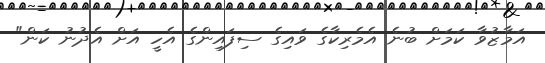
އަމާޒުވާ ކަމަށް ބުނެ އެމެރިކާގެ ވައިގެ ސިފައިންގެ އެހީ އަށް އެދުނު ކަން"